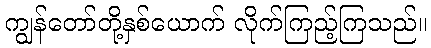
ကျွန်တော်တို့နှစ်ယောက် လိုက်ကြည့်ကြသည်။